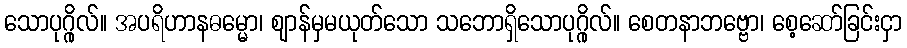
သောပုဂ္ဂိုလ်။ အပရိဟာနဓမ္မော၊ ဈာန်မှမယုတ်သော သဘောရှိသောပုဂ္ဂိုလ်။ စေတနာဘဗ္ဗော၊ စေ့ဆော်ခြင်းငှာ